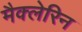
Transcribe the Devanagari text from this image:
मैक्लेरिन